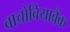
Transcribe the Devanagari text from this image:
वाचोवियाबैंक